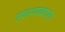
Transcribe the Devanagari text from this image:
साहाय्यकाच्या